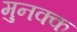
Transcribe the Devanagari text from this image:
मुनक्क